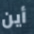
أين